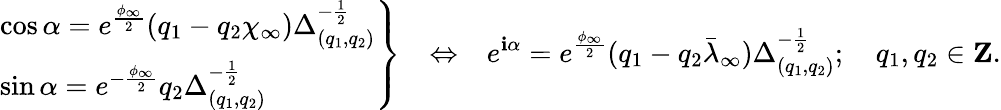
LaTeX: \left.\begin{array}{l}{{\cos\alpha=e^{\frac{\phi_{\infty}}{2}}(q_{1}-q_{2}\chi_{\infty})\Delta_{(q_{1},q_{2})}^{-{\frac{1}{2}}}}}\\ {{\sin\alpha=e^{-{\frac{\phi_{\infty}}{2}}}q_{2}\Delta_{(q_{1},q_{2})}^{-{\frac{1}{2}}}}}\end{array}\right\} \ \ \ \Leftrightarrow\ \ \ e^{\mathbf{i}\alpha}=e^{\frac{{\phi_{\infty}}}{{2}}}(q_{1}-q_{2}\bar{{\lambda}}_{\infty})\Delta_{(q_{1},q_{2})}^{-{\frac{{1}}{{2}}}};\ \ \ \ q_{1},q_{2}\in{\mathbf{Z}}.